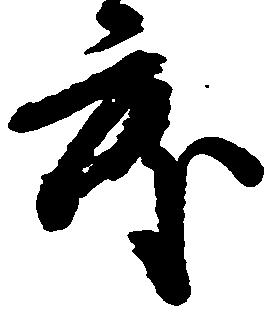
度